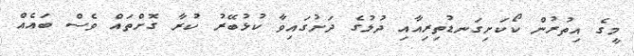
މީގެ އިތުރުން ކޯކަށިގަނޑުތިރިއާއި ދުލުގެ ދަށުގައިވާ ކުޅުބޭރު ކުރާ ގޮށްތައް ވެސް ބައެއް